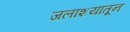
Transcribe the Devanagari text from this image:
जलाशयातून